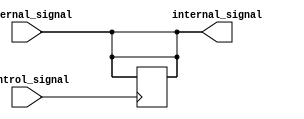
module io_blocks_ttl_buffer (
    input wire external_signal,
    output reg internal_signal,
    input wire control_signal
);

// Input buffer to amplify incoming signals
always @(posedge control_signal) begin
    if (control_signal == 1'b1) begin
        internal_signal <= external_signal;
    end
end

// Output buffer to drive signals to external devices
assign external_signal = internal_signal;

// Control logic to manage direction of data flow
always @(*) begin
    if (control_signal == 1'b0) begin
        external_signal <= internal_signal;
    end
end

endmodule